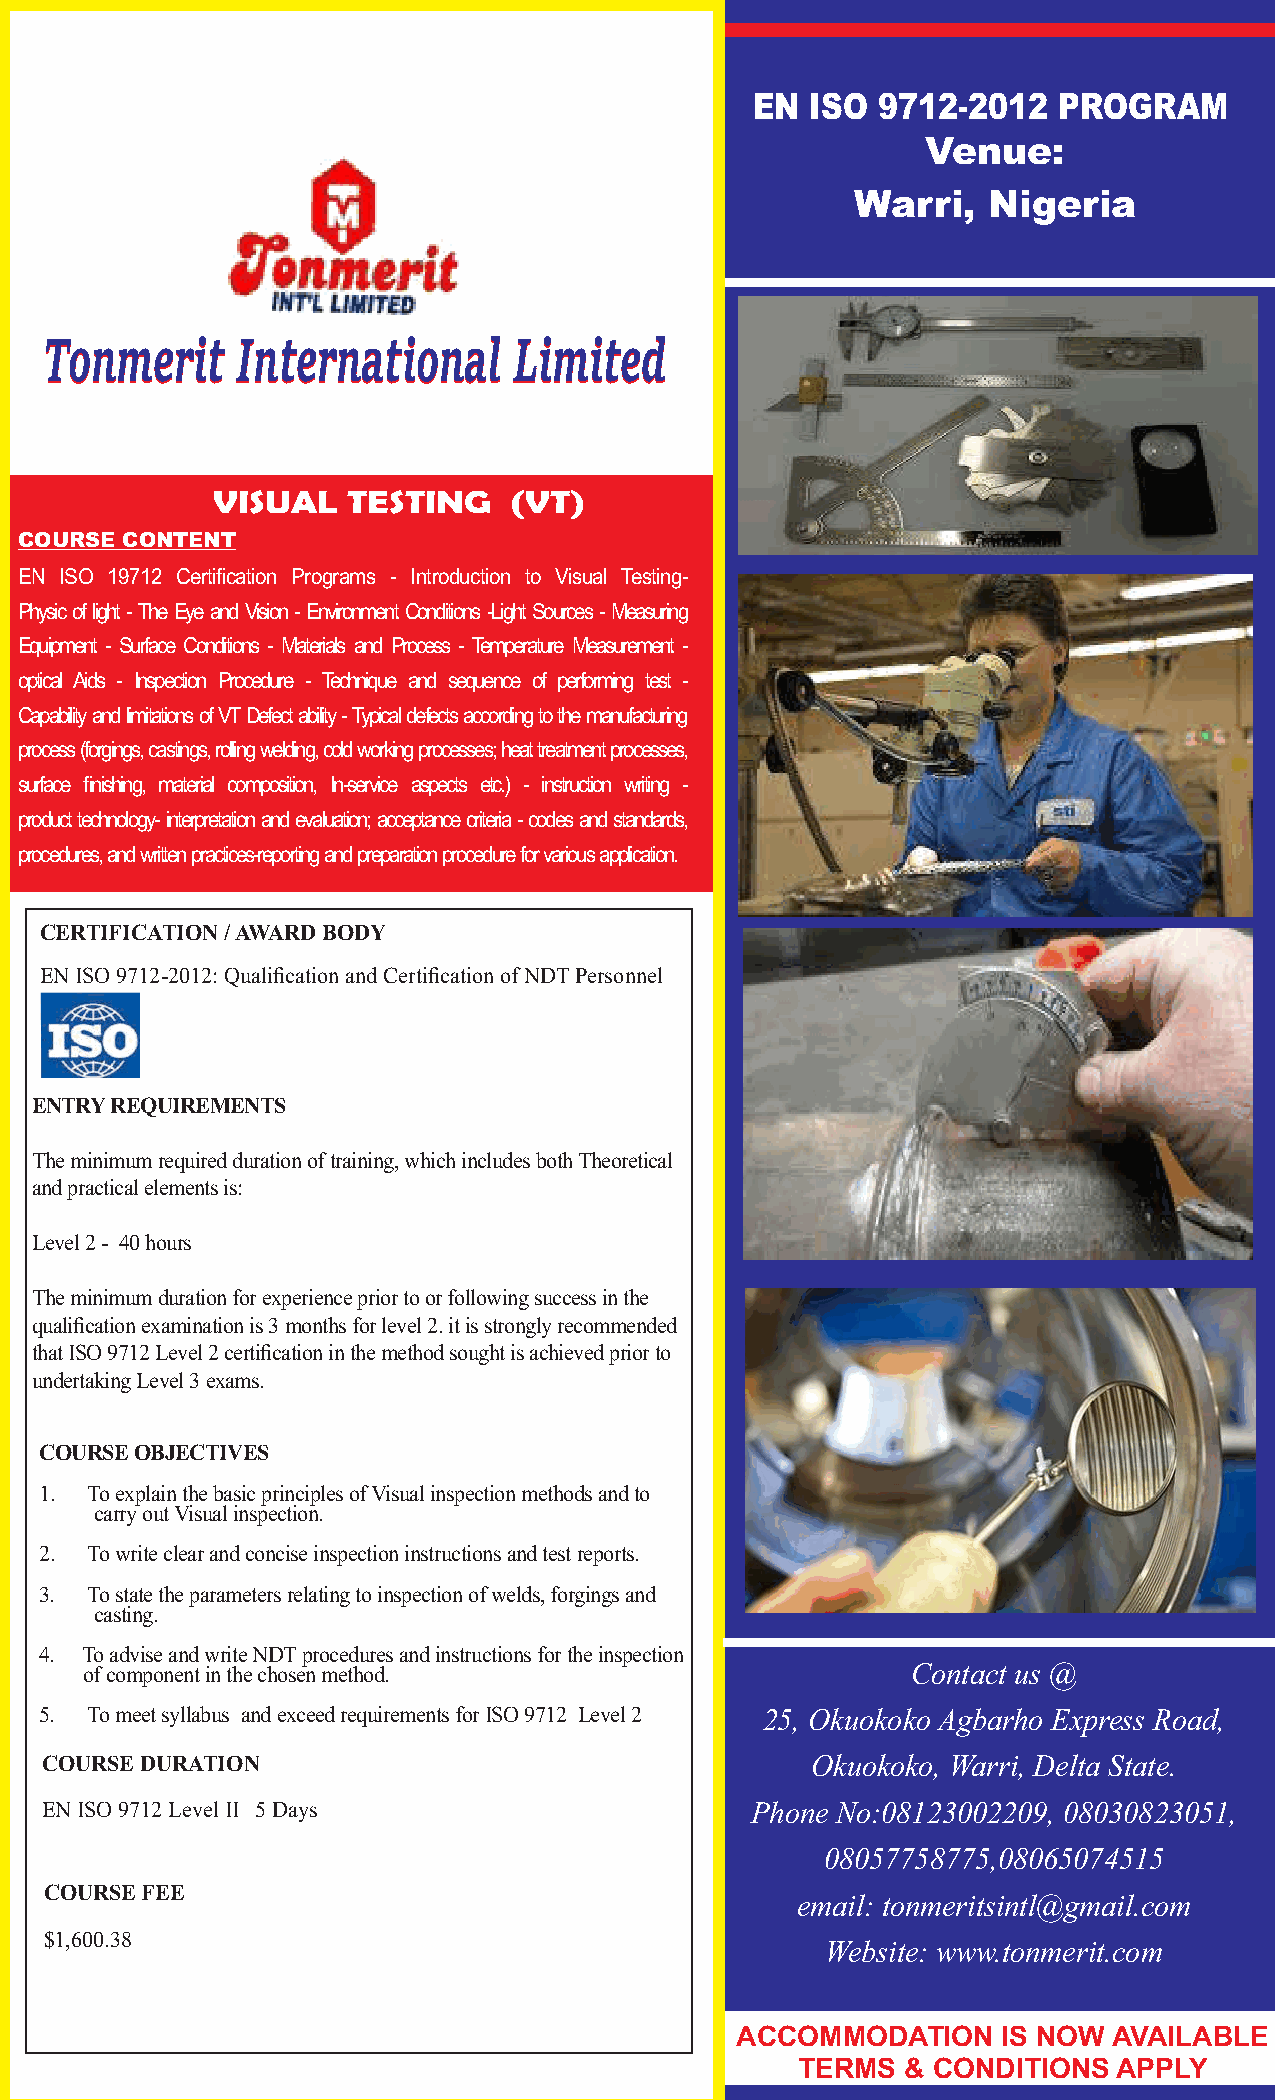
EN  ISO 9712-2012   PROGRAM
 Venue:
 Warri,  Nigeria
 TToonnmmeerriitt IInntteerrnnaattiioonnaall LLiimmiitteedd
 VISUAL   TESTING    (VT)
 COURSE CONTENT
 EN ISO 19712 Certification Programs - Introduction to Visual Testing-
 Physic of light - The Eye and Vision - Environment Conditions -Light Sources - Measuring
 Equipment - Surface Conditions - Materials and Process - Temperature Measurement -
 optical Aids - Inspection Procedure - Technique and sequence of performing test -
 Capability and limitations of VT Defect ability - Typical defects according to the manufacturing
 process (forgings, castings, rolling welding, cold working processes; heat treatment processes,
 surface finishing, material composition, In-service aspects etc.) - instruction writing -
 product technology- interpretation and evaluation; acceptance criteria - codes and standards,
 procedures, and written practices-reporting and preparation procedure for various application.
 CERTIFICATION / AWARD BODY
 EN ISO 9712-2012: Qualification and Certification of NDT Personnel
 ENTRY REQUIREMENTS
 The minimum required duration of training, which includes both Theoretical
 and practical elements is:
 Level 2 - 40 hours
 The minimum duration for experience prior to or following success in the
 qualification examination is 3 months for level 2. it is strongly recommended
 that ISO 9712 Level 2 certification in the method sought is achieved prior to
 undertaking Level 3 exams.
 COURSE OBJECTIVES
 1. To explain the basic principles of Visual inspection methods and to
 carry out Visual inspection.
 2. To write clear and concise inspection instructions and test reports.
 3. To state the parameters relating to inspection of welds, forgings and
 casting.
 4. To advise and write NDT procedures and instructions for the inspection
 of component in the chosen method.                     Contact us @
 5. To meet syllabus and exceed requirements for ISO 9712 Level 2 25, Okuokoko Agbarho Express Road,
 COURSE DURATION                                    Okuokoko, Warri, Delta State.
 EN ISO 9712 Level II 5 Days                    Phone No:08123002209, 08030823051,
 08057758775,08065074515
 COURSE FEE
 email: tonmeritsintl@gmail.com
 $1,600.38
 Website: www.tonmerit.com
 ACCOMMODATION    IS NOW  AVAILABLE
 TERMS  & CONDITIONS  APPLY